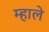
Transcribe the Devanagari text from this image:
म्हाले